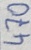
Text: 470